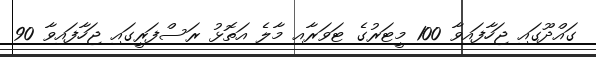
ގައްދޫގައި ޖަހާފައިވާ 100 މީޓަރުގެ ޓަވަރާއި މާލެ އަތޮޅު ރަސްފަރީގައި ޖަހާފައިވާ 90